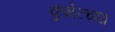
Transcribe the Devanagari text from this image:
कुंभेरच्या